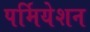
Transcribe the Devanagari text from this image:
पर्मियेशन